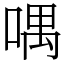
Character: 喁